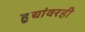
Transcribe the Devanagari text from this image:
हुद्यांवरही